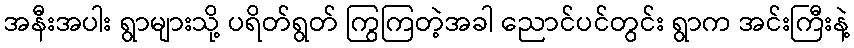
အနီးအပါး ရွာများသို့ ပရိတ်ရွတ် ကြွကြတဲ့အခါ ညောင်ပင်တွင်း ရွာက အင်းကြီးနဲ့